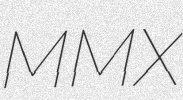
MMX